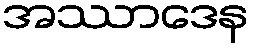
အဿာဒေန